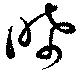
晞